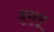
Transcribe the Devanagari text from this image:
जुगुनू